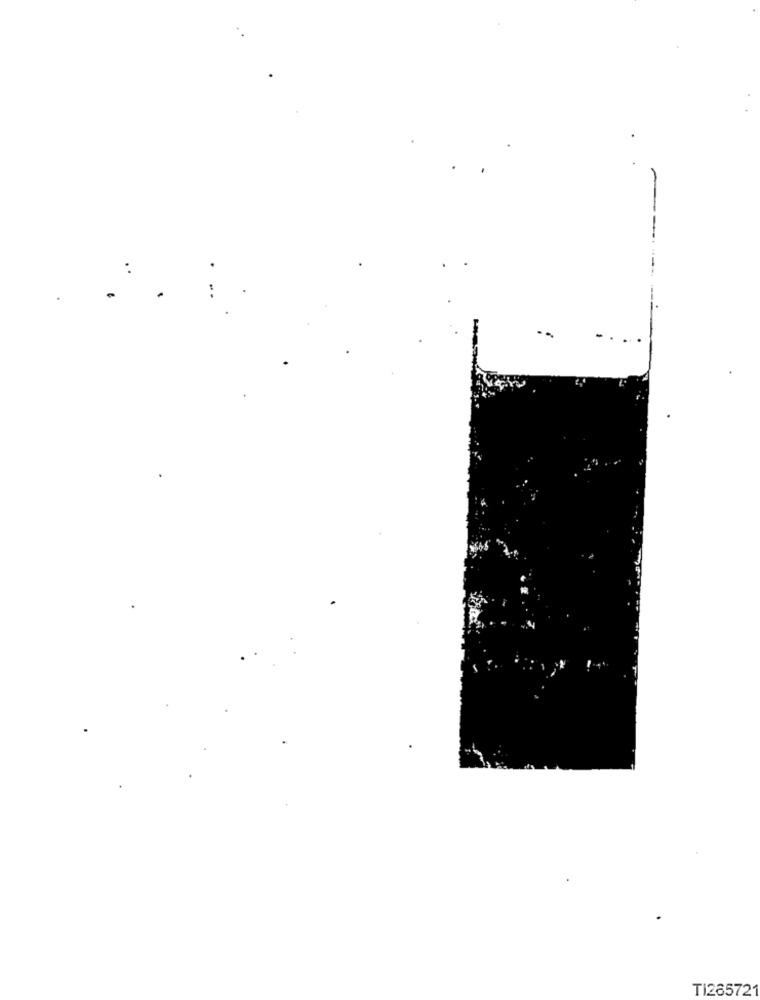
TI265721